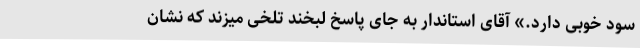
سود خوبی دارد.» آقای استاندار به جای پاسخ لبخند تلخی میزند که نشان